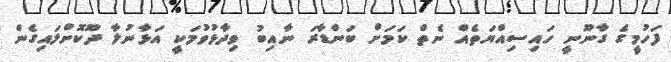
ފަހުމީގެ ގާނޫނީ ހައިސިއްޔަތެއް ނެތް ކަމަށް ބަންޑާރަ ނާއިބު ވިދާޅުވުމަކީ އަޅާނުލާ ދޫކޮށްލައިގެން